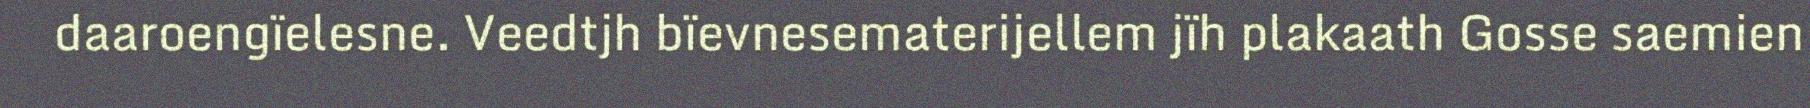
daaroengïelesne. Veedtjh bïevnesematerijellem jïh plakaath Gosse saemien